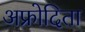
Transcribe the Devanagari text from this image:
अफ्रोदिता